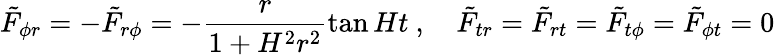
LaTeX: {\tilde{F}}_{\phi r}=-{\tilde{F}}_{r\phi}=-\frac{r}{1+H^{2}r^{2}}\tan Ht\ ,\quad{\tilde{F}}_{tr}={\tilde{F}}_{rt}={\tilde{F}}_{t\phi}={\tilde{F}}_{\phi t}=0